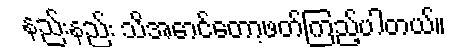
နည်းနည်း သိအောင်တော့ဖတ်ကြည့်ပါတယ်။